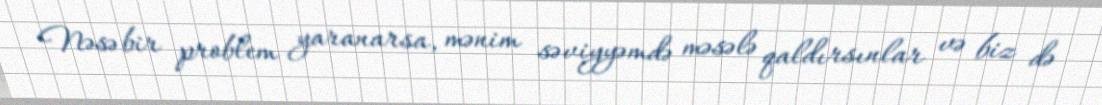
Nəsə bir problem yaranarsa, mənim səviyyəmdə məsələ qaldırsınlar və biz də